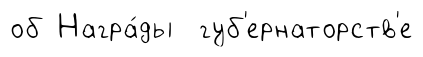
об Награ́ды губ'ернаторств'е